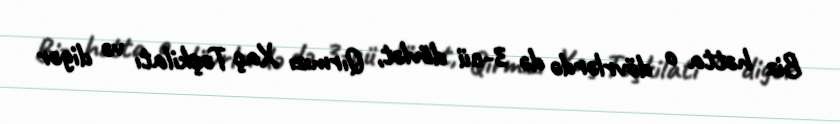
Biz hətta o dövrlərdə də 3-cü dövlət, Qırmızı Xaç Təşkilatı və digər